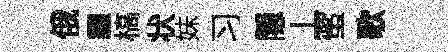
俄霾槁状妹习隠丄蜜歌